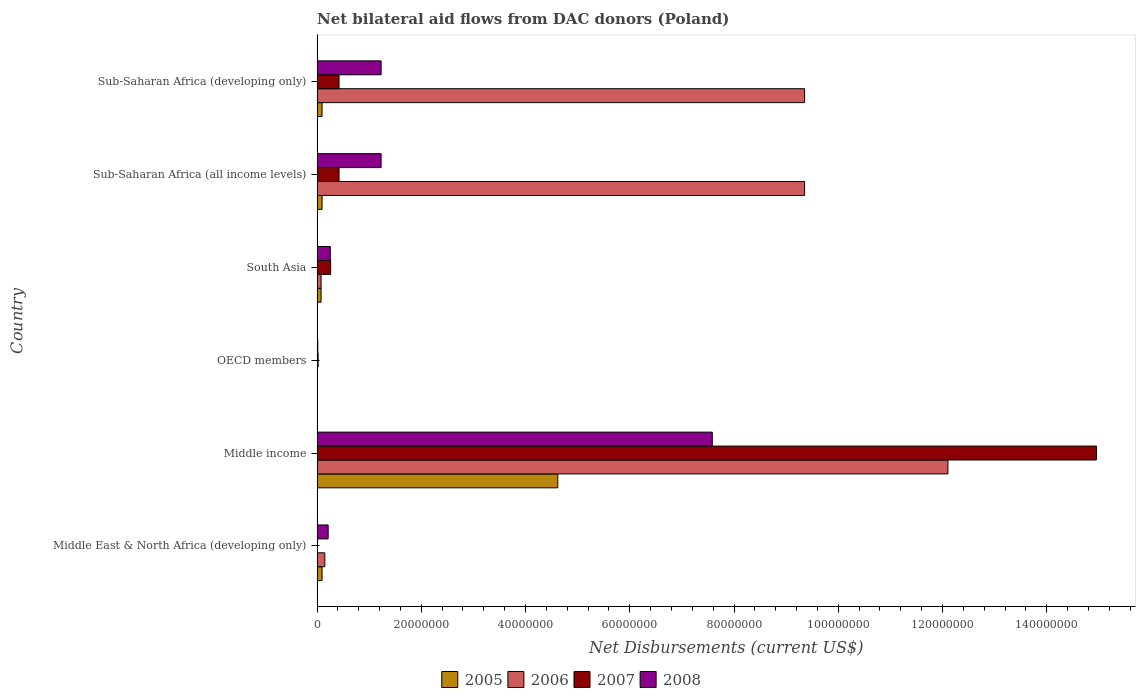
| Country | 2005 | 2006 | 2007 | 2008 |
 | --- | --- | --- | --- | --- |
 | Middle East & North Africa (developing only) | 9.6e+05 | 1.49e+06 | -2.65e+06 | 2.13e+06 |
 | Middle income | 4.62e+07 | 1.21e+08 | 1.5e+08 | 7.58e+07 |
 | OECD members | 5e+04 | 3e+04 | 2.1e+05 | 1.4e+05 |
 | South Asia | 7.7e+05 | 7.7e+05 | 2.61e+06 | 2.54e+06 |
 | Sub-Saharan Africa (all income levels) | 9.6e+05 | 9.35e+07 | 4.22e+06 | 1.23e+07 |
 | Sub-Saharan Africa (developing only) | 9.6e+05 | 9.35e+07 | 4.22e+06 | 1.23e+07 |